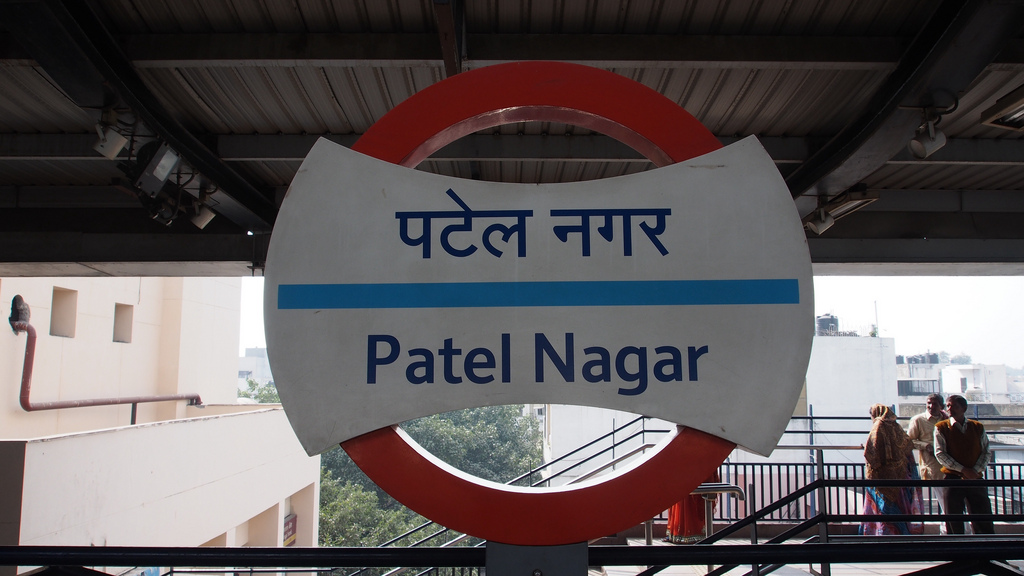
Language: hindi
Transcription: पटेल नगर